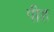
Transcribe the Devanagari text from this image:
पीह